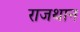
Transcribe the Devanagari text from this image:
राजथान